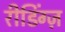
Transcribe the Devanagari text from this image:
रीडिंग्ज़